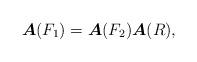
LaTeX: \begin{align*}\mbox{\boldmath{$A$}}(F_1)=\mbox{\boldmath{$A$}}(F_2)\mbox{\boldmath{$A$}}(R),\end{align*}